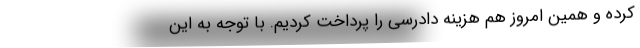
کرده و همین امروز هم هزینه دادرسی را پرداخت کردیم. با توجه به این